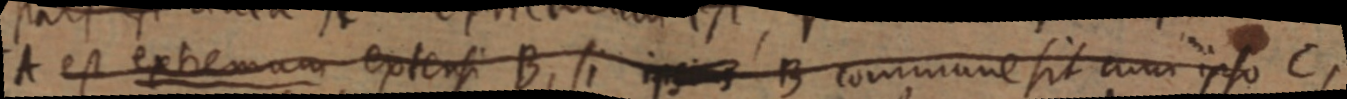
A est extremum extensi B, si ipsius B commune sit cum ipso C,